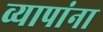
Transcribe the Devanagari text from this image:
व्यापांना